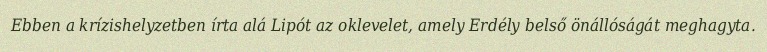
Ebben a krízishelyzetben írta alá Lipót az oklevelet, amely Erdély belső önállóságát meghagyta.